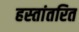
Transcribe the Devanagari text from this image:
हस्‍तांतरित